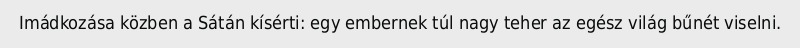
Imádkozása közben a Sátán kísérti: egy embernek túl nagy teher az egész világ bűnét viselni.